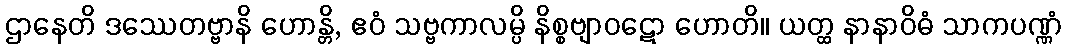
ဌာနေတိ ဒဿေတဗ္ဗာနိ ဟောန္တိ, ဧဝံ သဗ္ဗကာလမ္ပိ နိစ္စဗျာဝဋော ဟောတိ။ ယတ္ထ နာနာဝိဓံ သာကပဏ္ဏံ